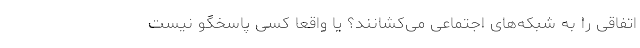
اتفاقی را به شبکه‌های اجتماعی می‌کشانند؟ یا واقعا کسی پاسخگو نیست